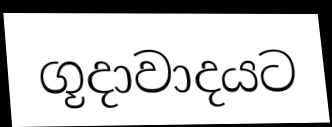
ගූදාවාදයට